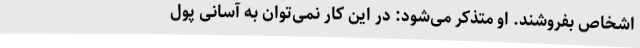
اشخاص بفروشند. او متذکر می‌شود: در این کار نمی‌توان به آسانی پول